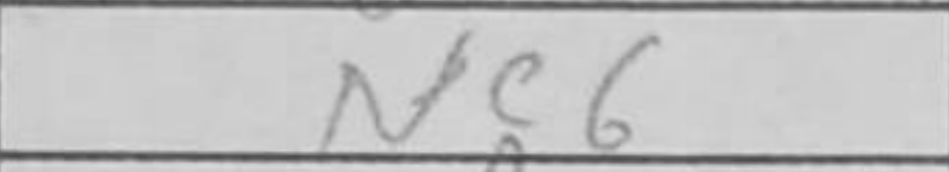
Transcription: Nc6